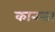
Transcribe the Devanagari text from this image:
कानसा